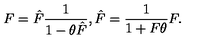
F = \hat { F } \frac { 1 } { 1 - \theta \hat { F } } , \hat { F } = \frac { 1 } { 1 + F \theta } F .